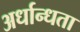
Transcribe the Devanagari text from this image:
अर्धान्धता